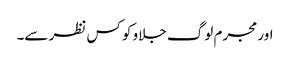
اور مجرم لوگ جلاو کو کس نظر سے۔